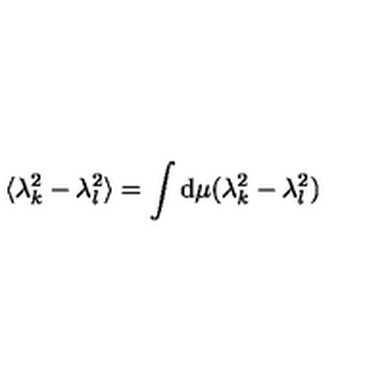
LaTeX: \langle \lambda _ { k } ^ { 2 } - \lambda _ { l } ^ { 2 } \rangle = \int \mathrm { d } \mu ( \lambda _ { k } ^ { 2 } - \lambda _ { l } ^ { 2 } )